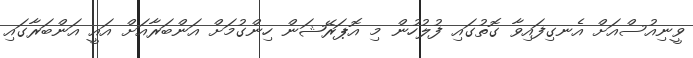
ވީނިއުސްއަށް އެނގިފައިވާ ގޮތުގައި ފުލުހުން މި އޮޕަރޭޝަން ހިންގުމަށް އަންބަރާއަށް އައީ އަންބަރާގައި